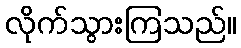
လိုက်သွားကြသည်။